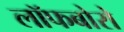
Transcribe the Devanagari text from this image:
लॉफबोरो